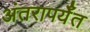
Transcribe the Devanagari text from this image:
अंतरापर्यँत